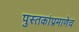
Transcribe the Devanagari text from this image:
पुस्तकांप्रमाणेच